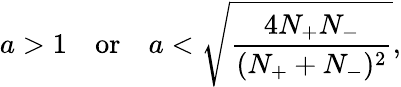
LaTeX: a>1\, \, \, \, \, \, \mathrm{or}\, \, \, \, \, \, a<\sqrt{\frac{4N_{+}N_{-}}{(N_{+}+N_{-})^{2}}},